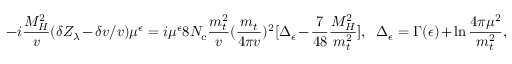
\displaystyle - i \frac { M _ { H } ^ { 2 } } { v } ( \delta Z _ { \lambda } - \delta v / v ) \mu ^ { \epsilon } = i \mu ^ { \epsilon } 8 N _ { c } \frac { m _ { t } ^ { 2 } } { v } ( \frac { m _ { t } } { 4 \pi v } ) ^ { 2 } [ \Delta _ { \epsilon } - \frac { 7 } { 4 8 } \frac { M _ { H } ^ { 2 } } { m _ { t } ^ { 2 } } ] , ~ ~ \Delta _ { \epsilon } = \Gamma ( \epsilon ) + \ln \frac { 4 \pi \mu ^ { 2 } } { m _ { t } ^ { 2 } } ,